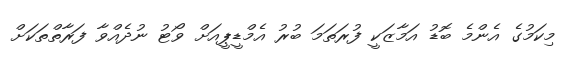
މިކަމުގެ އެންމެ ބޮޑު އަމާޒަކީ ފުރަތަމަ ބުރު އެމްޑީޕީއަށް ވޯޓު ނުދެއްވާ ފަރާތްތަކަށް